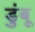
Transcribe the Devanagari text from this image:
डुंबू